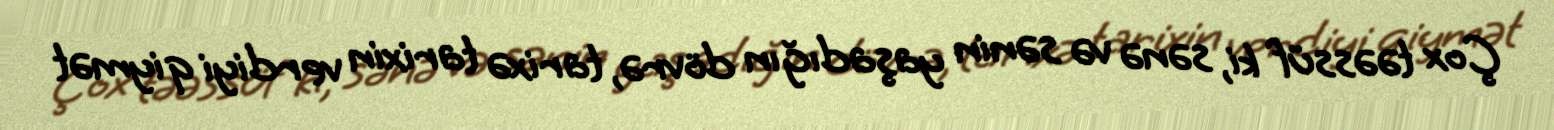
Çox təəssüf ki, sənə və sənin yaşadığın dövrə, tarixə tarixin verdiyi qiymət